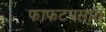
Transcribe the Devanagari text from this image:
फाफटपसारा